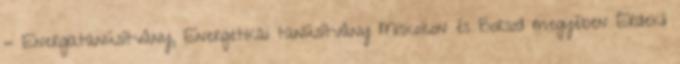
- Energiatanúsítvány, Energetikai tanúsítvány Miskolcon és Borsod megyében Érdekli